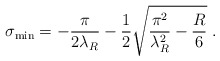
\begin{align*}\sigma_{\rm min} = - \frac{\pi}{2 \lambda_R} - \frac{1}{2}\sqrt{\frac{\pi^2}{\lambda^2_R} - \frac{R}{6}}\;.\end{align*}